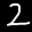
Label: 2